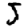
Digit: 5